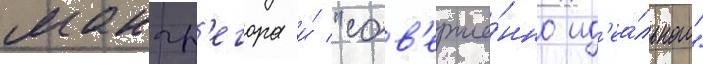
макгр'егора и́ "сов'ерше́нно ид'еа́льного"